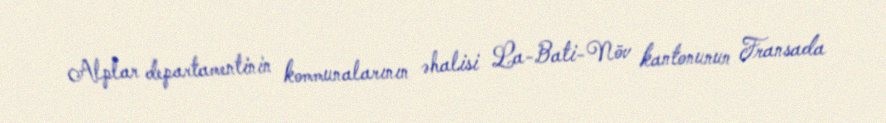
Alplar departamentinin kommunalarının əhalisi La-Bati-Növ kantonunun Fransada